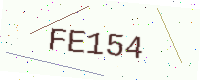
Text: FE154